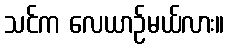
သင်က လေယာဉ်မယ်လား။